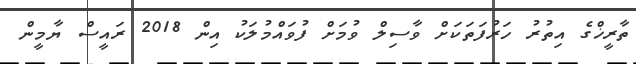
ތާރީޚްގެ އިތުރު ހަރުފަތަކަށް ވާސިލް ވުމަށް ފުވައްމުލަކު އިން 2018 ރައީސް ޔާމީން